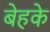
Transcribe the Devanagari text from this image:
बेहके